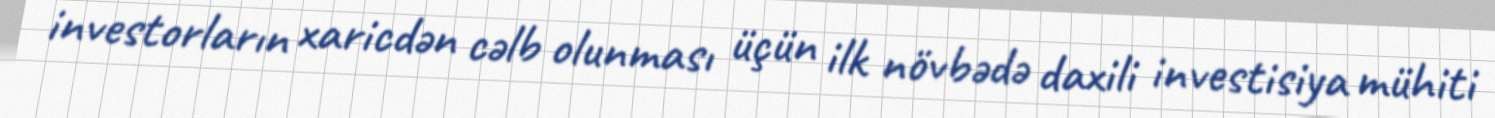
investorların xaricdən cəlb olunması üçün ilk növbədə daxili investisiya mühiti